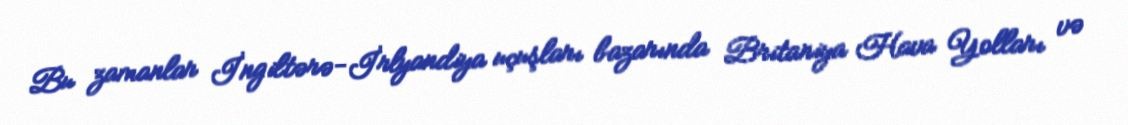
Bu zamanlar İngiltərə-İrlyandiya uçuşları bazarında Britaniya Hava Yolları və